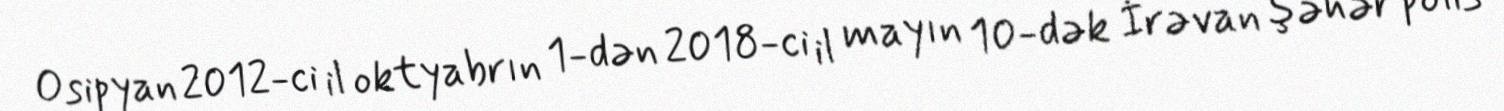
Osipyan 2012-ci il oktyabrın 1-dən 2018-ci il mayın 10-dək İrəvan şəhər polis